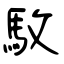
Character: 駇